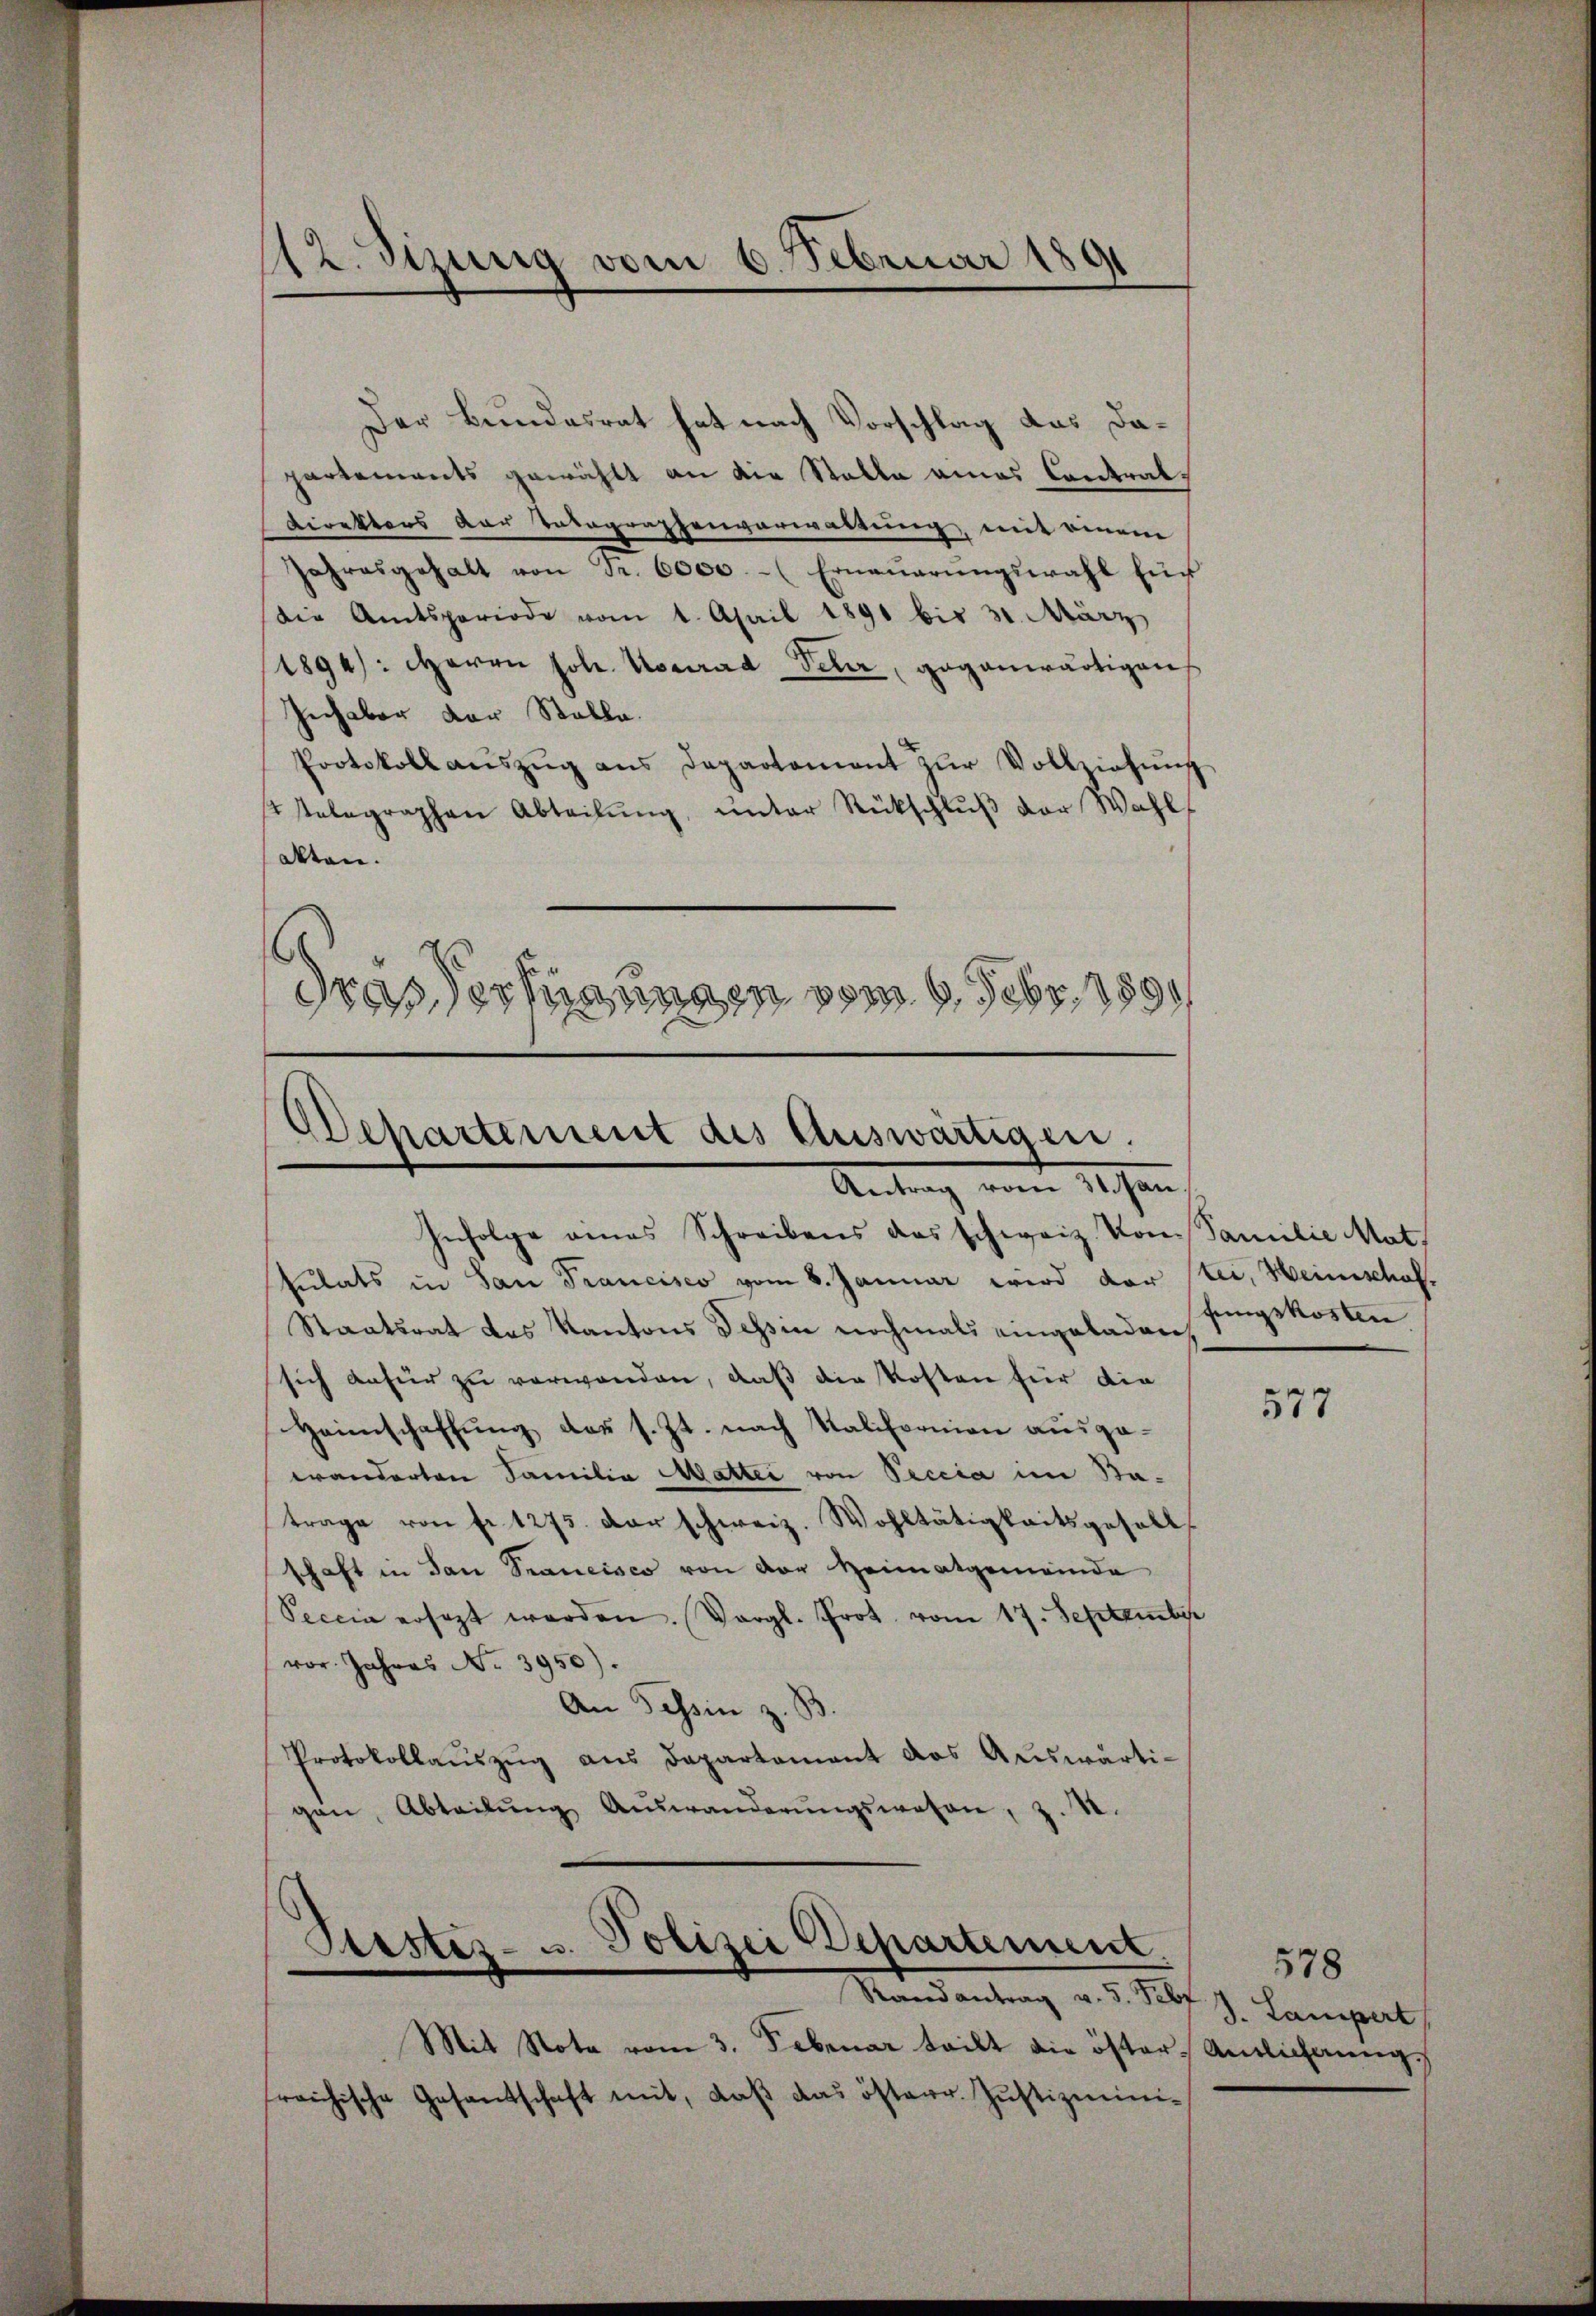
12. Sizung vom 6. Februar 1891

Der Bundesrat hat nach Vorschlag das Dapartements gewählt an die Stalle eines Contral¬
Direktors der Vetographenverwaltung, mit einem
Jahresgehalt von Fr. 6000.- (Ernaŭerŭngswahl für
Die Amtsperiode vom 1. April 1891 bis 31. März
1894/: Herrn Joh. Konrad Peter, gegenwärtigen
Gechaber der Stalle.
Protokoll aŭszŭg ans Departement zŭr Vollziehung
ststelegraphen Abteilŭng ŭnter Rückschlŭβ der Wahl
akten.
s
drassermanngen vom 6. Febr 189

Dehartement des Auswärtigen.
Antrag vom 1. Jenn

Infolge eines Schreibens das schweiz. Von Familie Mat.
sulats in San Francisco vom 8. Januar wird der stei, Heinschaft
Staatsrat des Kantons Tessin nochmals eingeladen
sich dafür zu verwanden, daß die Kosten für die
Heimschaffŭng des s. Zt. nach Kalifornion ausge-
wanderten Familia Mattei von Peccia im Batrage von fr. 1275. der schweiz. Wohltätigkeitsgesells
schaft in San Francisco von der Heimatgemeinde
Seccia ersezt werden. Vergl. Prot. vom 17. September
vor. Jahres No 3950).
An Tessin z. B
Protokollaŭszŭg aŭs Departement das Aŭswärti-
gan, Abteilŭng Aŭswanderŭngswesen, z. B.

Stester- u. Polizei Departement.
Randantrag v. 5. Pelz J. Lampert

Mit Nota vom 3. Februar teilt die öster Amtlichung,
reichische Gesantschaft mit, daß das österr. Justizmini¬

fungskosten

577

578